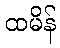
ထမိန်